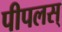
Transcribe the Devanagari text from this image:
पीपलस्